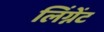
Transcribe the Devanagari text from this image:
लिंग्नेंट